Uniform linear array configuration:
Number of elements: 16
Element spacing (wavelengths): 0.25
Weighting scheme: uniform
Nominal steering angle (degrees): -30
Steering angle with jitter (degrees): -29.73
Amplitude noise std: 0.05
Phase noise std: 0.05

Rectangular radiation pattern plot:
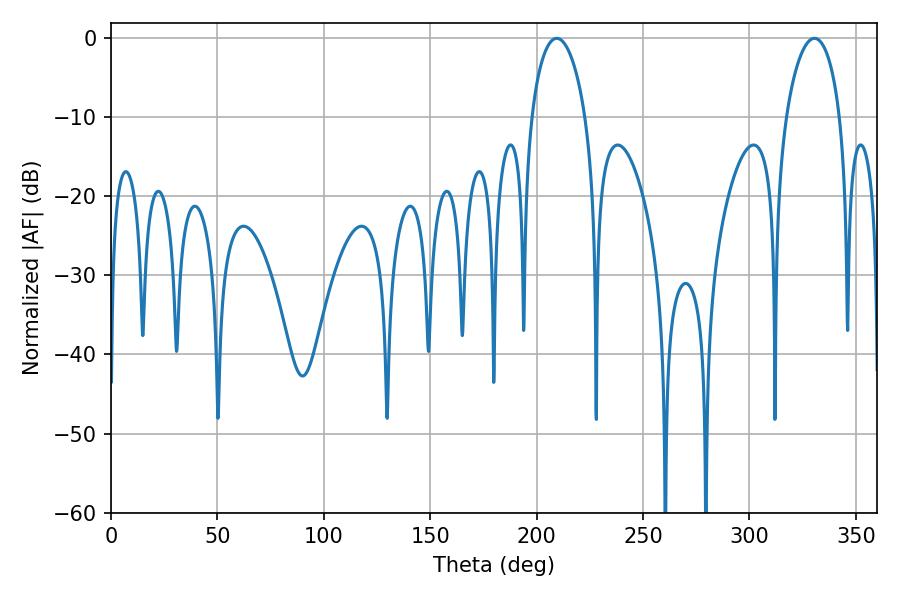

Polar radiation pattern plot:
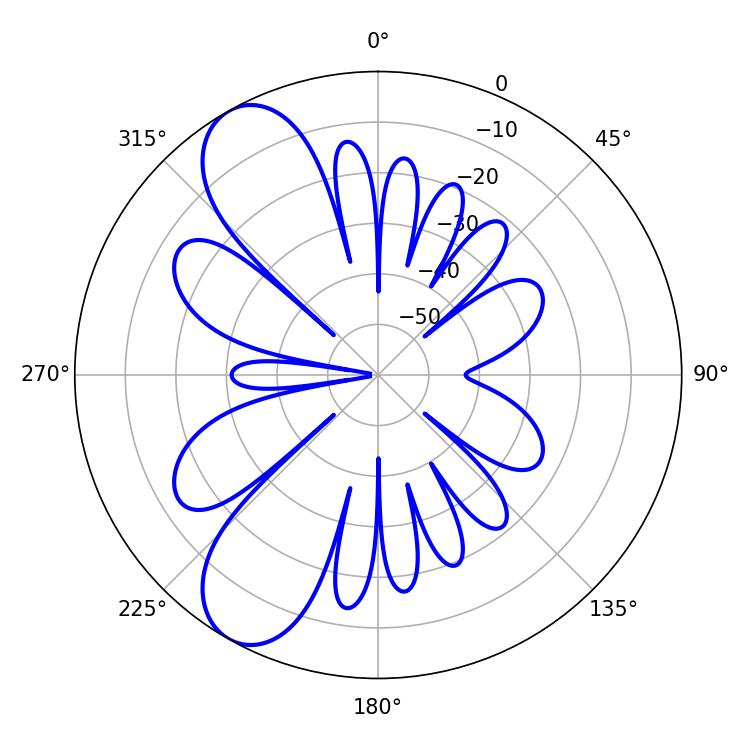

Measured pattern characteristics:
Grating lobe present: FALSE
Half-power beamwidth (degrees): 14.4
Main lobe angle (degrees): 209.52